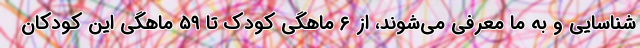
شناسایی و به ما معرفی می‌شوند، از ۶ ماهگی کودک تا ۵۹ ماهگی این کودکان